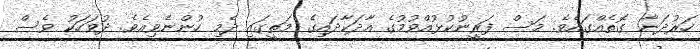
ހަރުދަނާ ގޮތެއްގައެވެ. މަސް ފަރީނުކުޅުއްްވުމުގެ އާދަކާދައިގެ މަތީގައި ދެމި ހުންނެވިއެވެ. ދުވަހަކު ވެސް